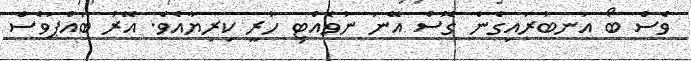
ވެސް ބޯ އަނބުރައިގެން ގޮސް އޭނަ ނުވެއްޓި ހުރީ ކިރިޔާއެވެ. އޭރު ބައްޕަވެސް